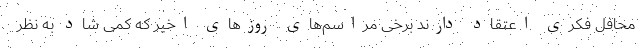
محافل فکری اعتقاد دارند برخی مراسم‌های روزهای اخیر که کمی شاد به نظر